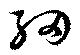
細